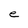
Character: e